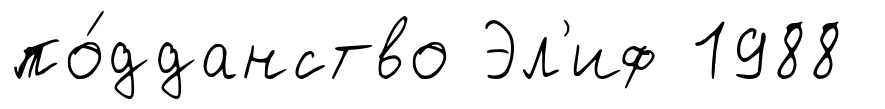
по́дданство Эл'иф 1988